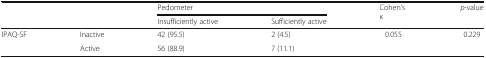
<table><thead><tr><td rowspan="2" colspan="2"></td><td colspan="2"><b>Pedometer</b></td><td rowspan="2"><b>Cohen’s κ</b></td><td rowspan="2"><b><i>p</i>-value</b></td></tr><tr><td><b>Insufficiently active</b></td><td><b>Sufficiently active</b></td></tr></thead><tbody><tr><td rowspan="2">IPAQ-SF</td><td>Inactive</td><td>42 (95.5)</td><td>2 (4.5)</td><td rowspan="2">0.055</td><td rowspan="2">0.229</td></tr><tr><td>Active</td><td>56 (88.9)</td><td>7 (11.1)</td></tr></tbody></table>